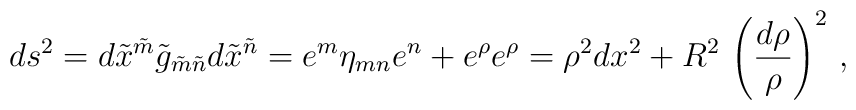
ds^2 = d\tilde x^{\tilde m} \tilde g_{\tilde m\tilde n} d\tilde x^{\tilde n} =e^{m} \eta_{mn} e^{n} + e^\rho e^\rho =\rho^2 dx^2 + R^2 \,\left(\frac{d\rho}\rho\right)^2\,,